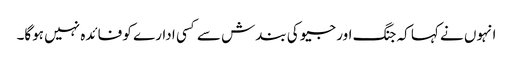
انہوں نے کہا کہ جنگ اور جیو کی بندش سے کسی ادارے کو فائدہ نہیں ہوگا۔